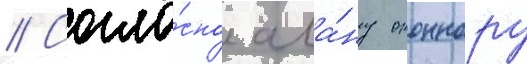
// Согла́сно ала́ну оконнору